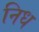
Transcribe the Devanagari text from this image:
निध